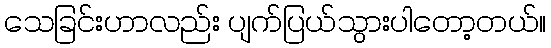
သေခြင်းဟာလည်း ပျက်ပြယ်သွားပါတော့တယ်။